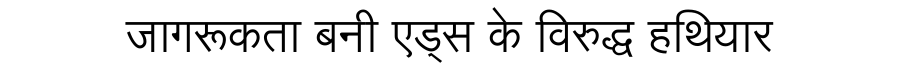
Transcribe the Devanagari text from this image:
जागरूकता बनी एड्स के विरुद्ध हथियार